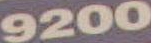
9200